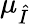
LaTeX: \mu_{\hat{I}}